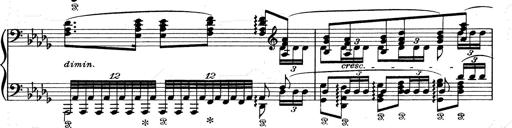
Title: Walhall aus Der Ring des Nibelungen
Composer: Franz Liszt